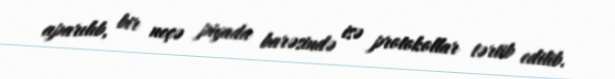
aparılıb, bir neçə piyada barəsində isə protokollar tərtib edilib.